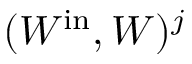
( W ^ { \mathrm { i n } } , W ) ^ { j }